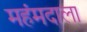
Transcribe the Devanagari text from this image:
महंमदाला